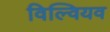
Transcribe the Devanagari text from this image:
विल्वियव